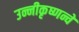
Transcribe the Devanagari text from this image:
उन्नीकृष्णन्चे